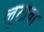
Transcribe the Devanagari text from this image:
लुटावा